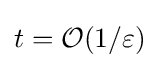
t={\mathcal {O}}(1/\varepsilon )